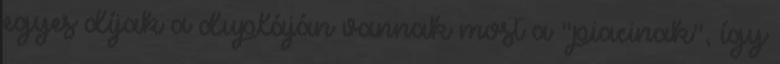
egyes díjak a dupláján vannak most a "piacinak", így